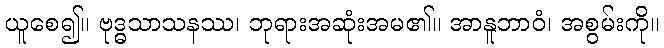
ယူစေ၍။ ဗုဒ္ဓသာသနဿ၊ ဘုရားအဆုံးအမ၏။ အာနူဘာဝံ၊ အစွမ်းကို။